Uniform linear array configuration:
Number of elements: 64
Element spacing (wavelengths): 1
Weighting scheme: binomial
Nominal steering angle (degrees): -15
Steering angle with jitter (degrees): -13.327
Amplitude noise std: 0.05
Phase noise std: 0.05

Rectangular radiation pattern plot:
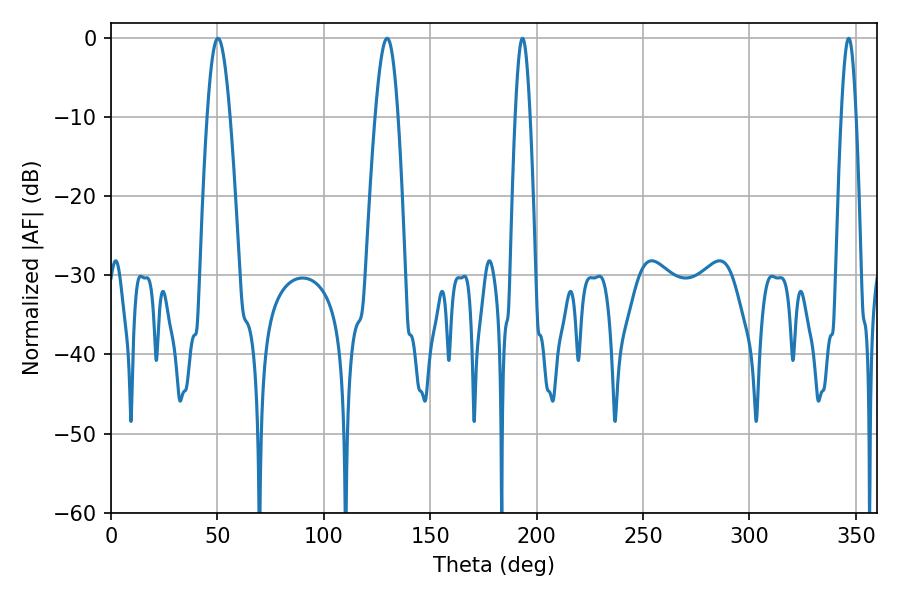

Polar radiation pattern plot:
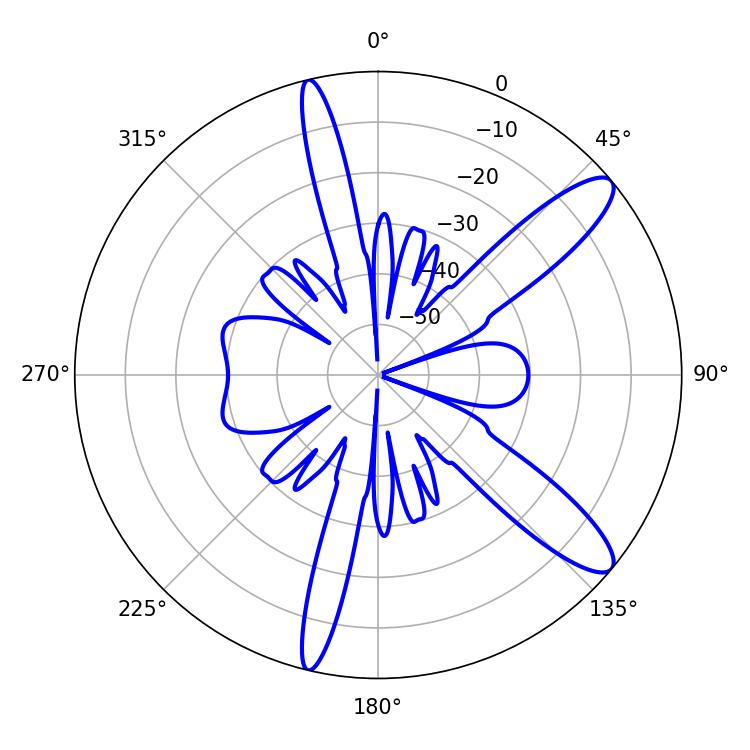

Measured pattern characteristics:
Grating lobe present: TRUE
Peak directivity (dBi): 11.67
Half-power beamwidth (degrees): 5.76
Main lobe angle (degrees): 50.22